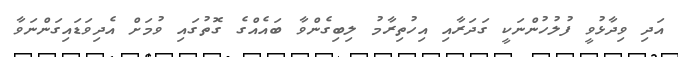
އަދި ވިދާޅުވީ ފުލުހުންނަކީ ގަދަރާއި އިހުތިރާމު ލިބިގެންވާ ބައެއްގެ ގޮތުގައި ވުމަށް އެދިވަޑައިގަންނަވާ